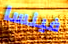
فينسا